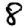
Digit: 8